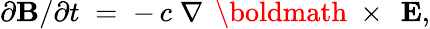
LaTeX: \partial{\mathbf B}/\partial t\; =\; -\, c\; \nabla\, \mathrm{~\boldmath~\times~}\, {\mathbf E},